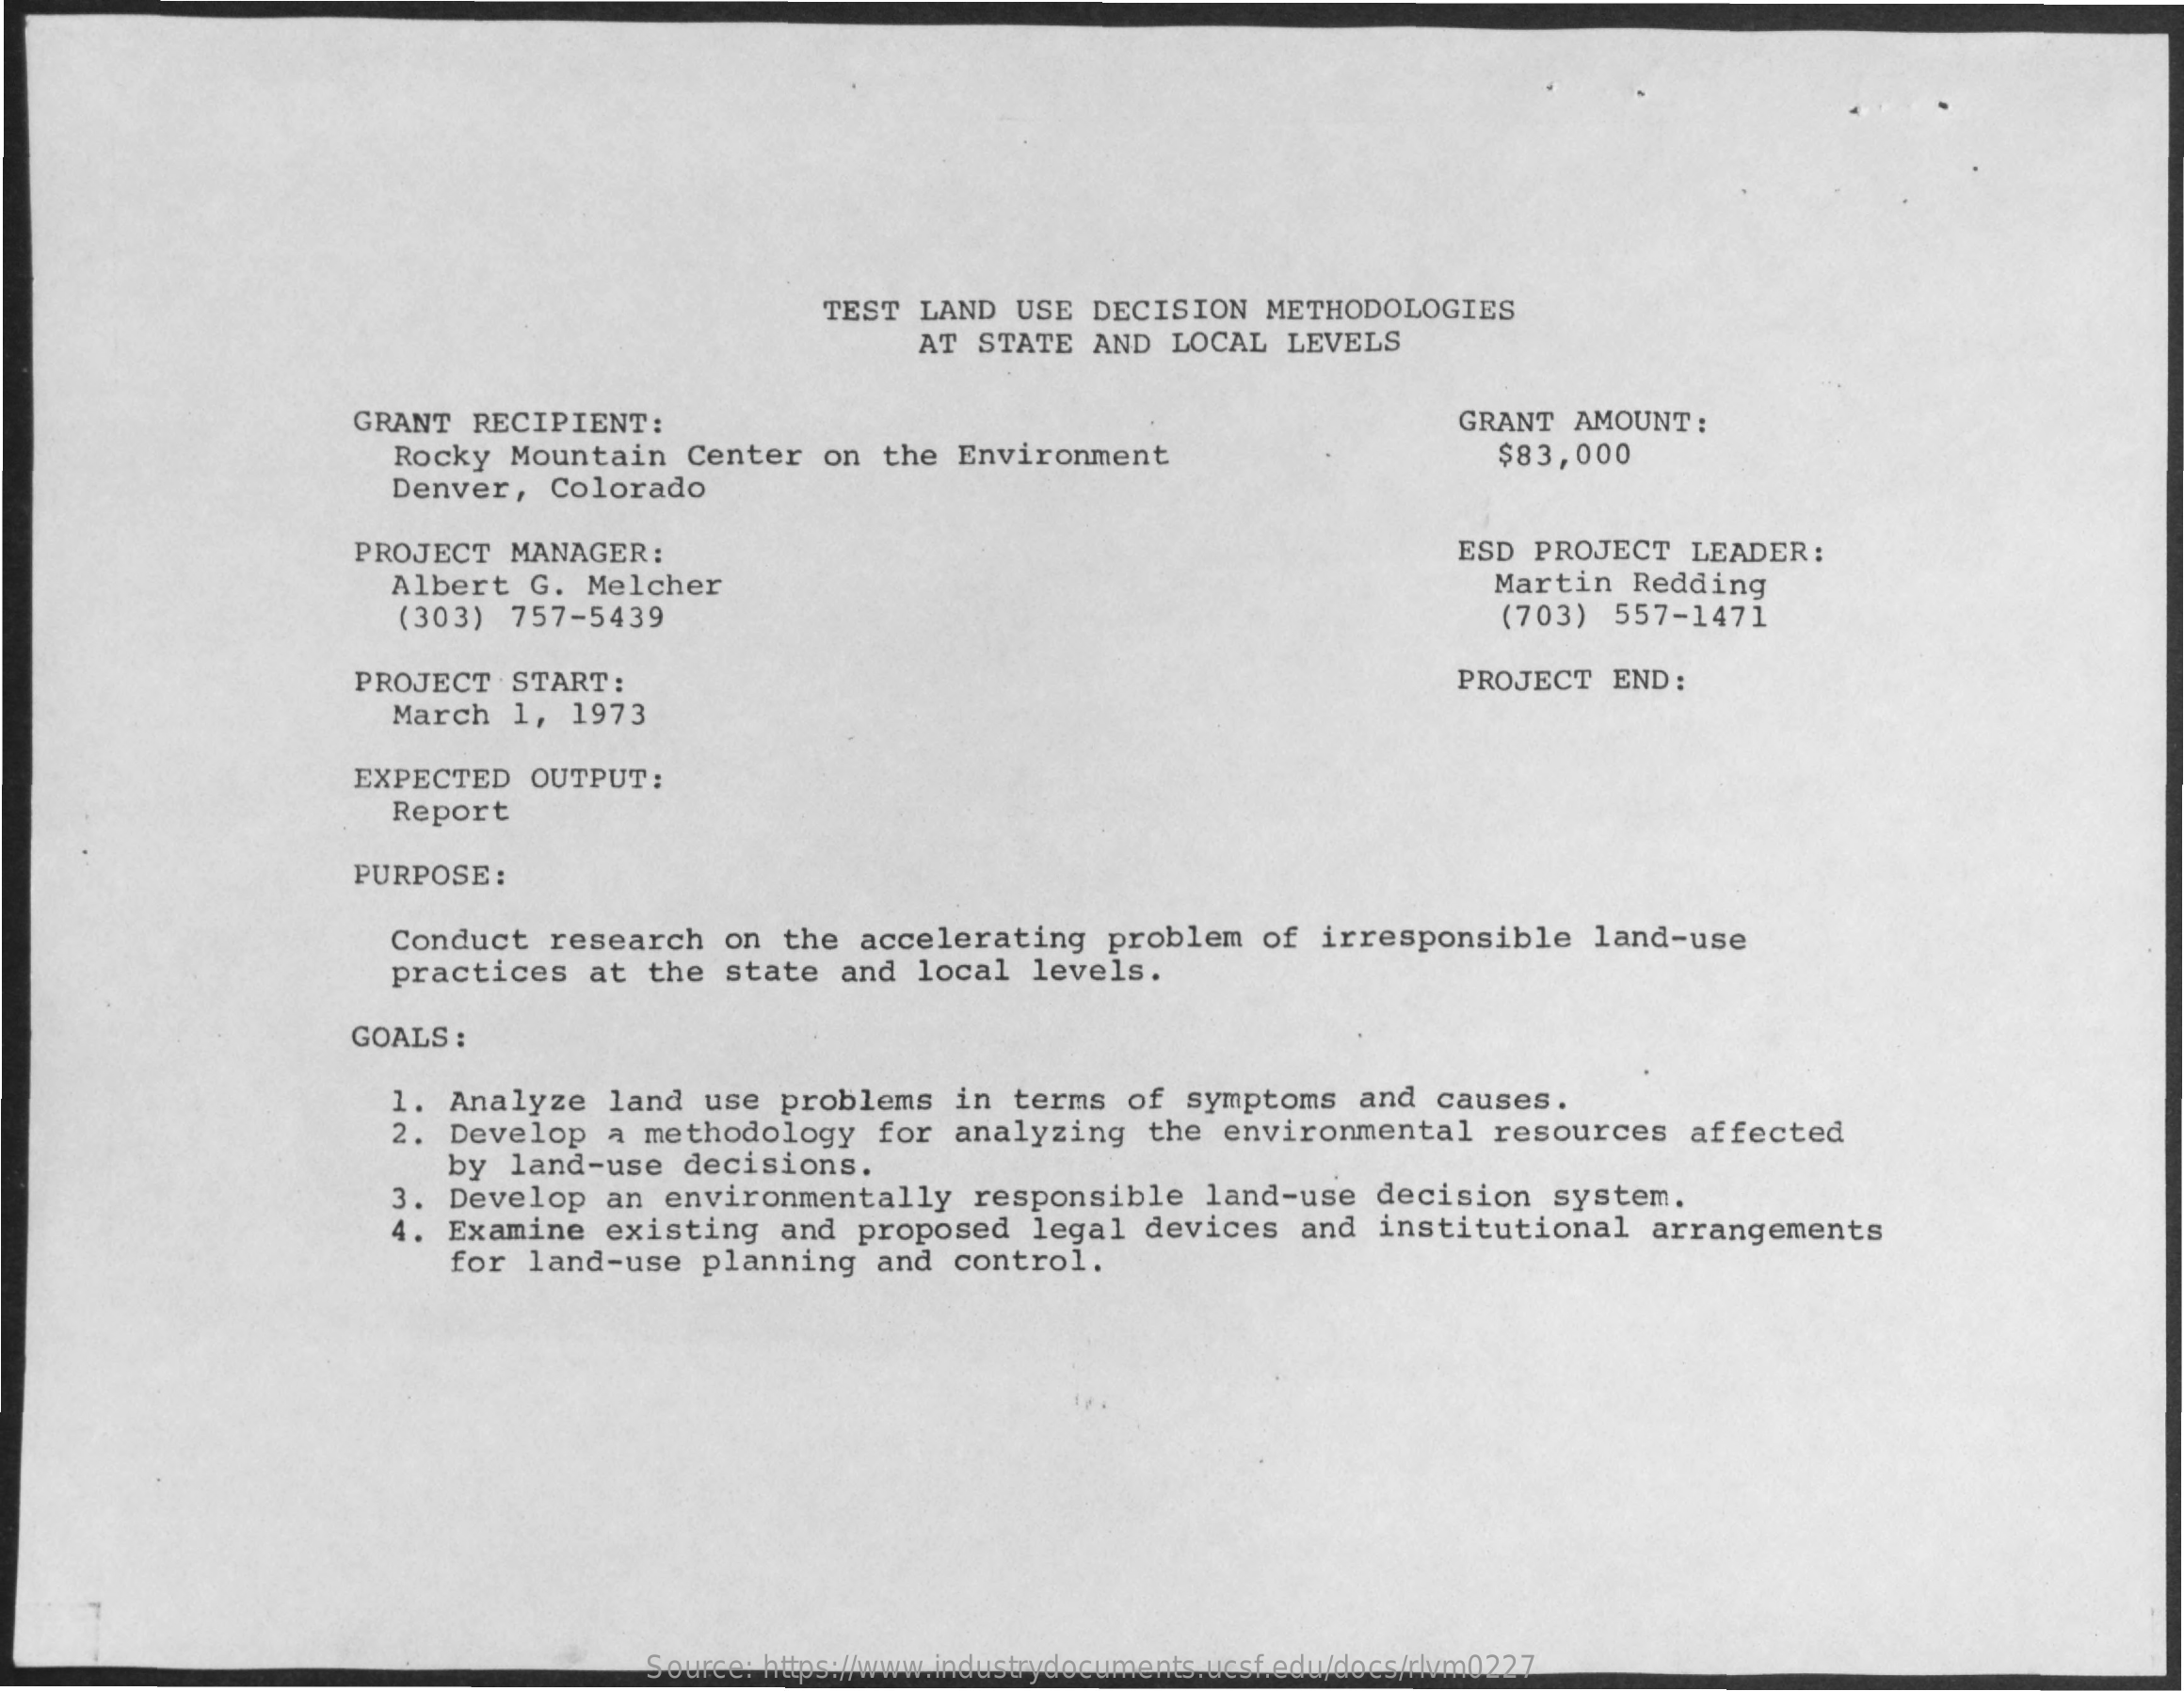
TEST LAND USE DECISION METHODOLOGIES
     AT STATE AND LOCAL LEVELS
     GRANT RECIPIENT:    GRANT AMOUNT :
     Rocky Mountain Center on the Environment    $83,000
     Denver, Colorado
     PROJECT MANAGER:    ESD PROJECT LEADER :
     Albert G. Melcher    Martin Redding
     (303) 757-5439    (703) 557-1471
     PROJECT START:    PROJECT END :
     March 1, 1973
     EXPECTED OUTPUT :
     Report
     PURPOSE :
     Conduct research on the accelerating problem of irresponsible land-use
     practices at the state and local levels.
     GOALS :
     1. Analyze land use problems in terms of symptoms and causes.
     2. Develop a methodology for analyzing the environmental resources affected
     by land-use decisions.
     3. Develop an environmentally responsible land-use decision system.
     4. Examine existing and proposed legal devices and institutional arrangements
     for land-use planning and control.
     Source: https://www.industrydocuments.ucsf.edu/docs/rlvm0227